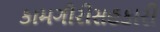
કામગીરીસહકારી